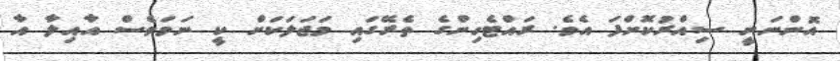
އޮންނަނީ ސިއްރުކޮށްފަ އެވެ. ރައްޓެހިންގެ ތެރޭގައި މަޖަލަކަށް ކީ ނަމަވެސް އާއިލާ އާ